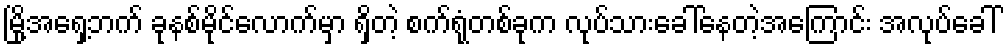
မြို့အရှေ့ဘက် ခုနစ်မိုင်လောက်မှာ ရှိတဲ့ စက်ရုံတစ်ခုက လုပ်သားခေါ်နေတဲ့အကြောင်း အလုပ်ခေါ်